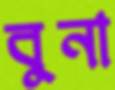
বুনা